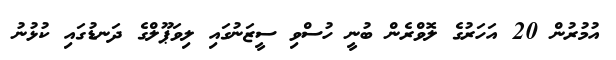
އުމުރުން 20 އަހަރުގެ ލޮވްރެން ބުނީ ހުސްވި ސީޒަނުގައި ލިވަޕޫލްގެ ދަނޑުގައި ކުޅުނު